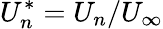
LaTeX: U_{n}^{*}=U_{n}/U_{\infty}